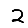
Digit: 2